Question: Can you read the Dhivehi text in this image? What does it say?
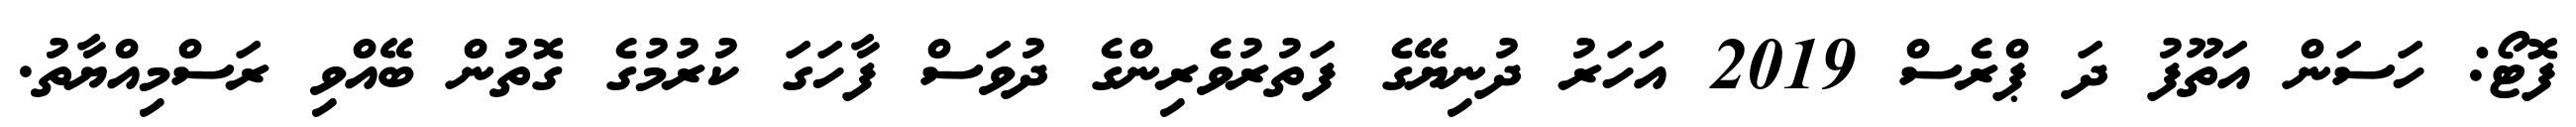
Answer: ފޮޓޯ: ހަސަން އަތޫފު ދަ ޕްރެސް 2019 އަހަރު ދުނިޔޭގެ ފަތުރުވެރިންގެ ދުވަސް ފާހަގަ ކުރުމުގެ ގޮތުން ބޭއްވި ރަސްމިއްޔާތު.